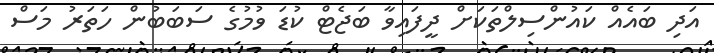
އަދި ބައެއް ކައުންސިލްތަކަށް ދީފައިވާ ބަޖެޓް ކުޑަ ވުމުގެ ސަބަބުން ހަތަރު މަސް